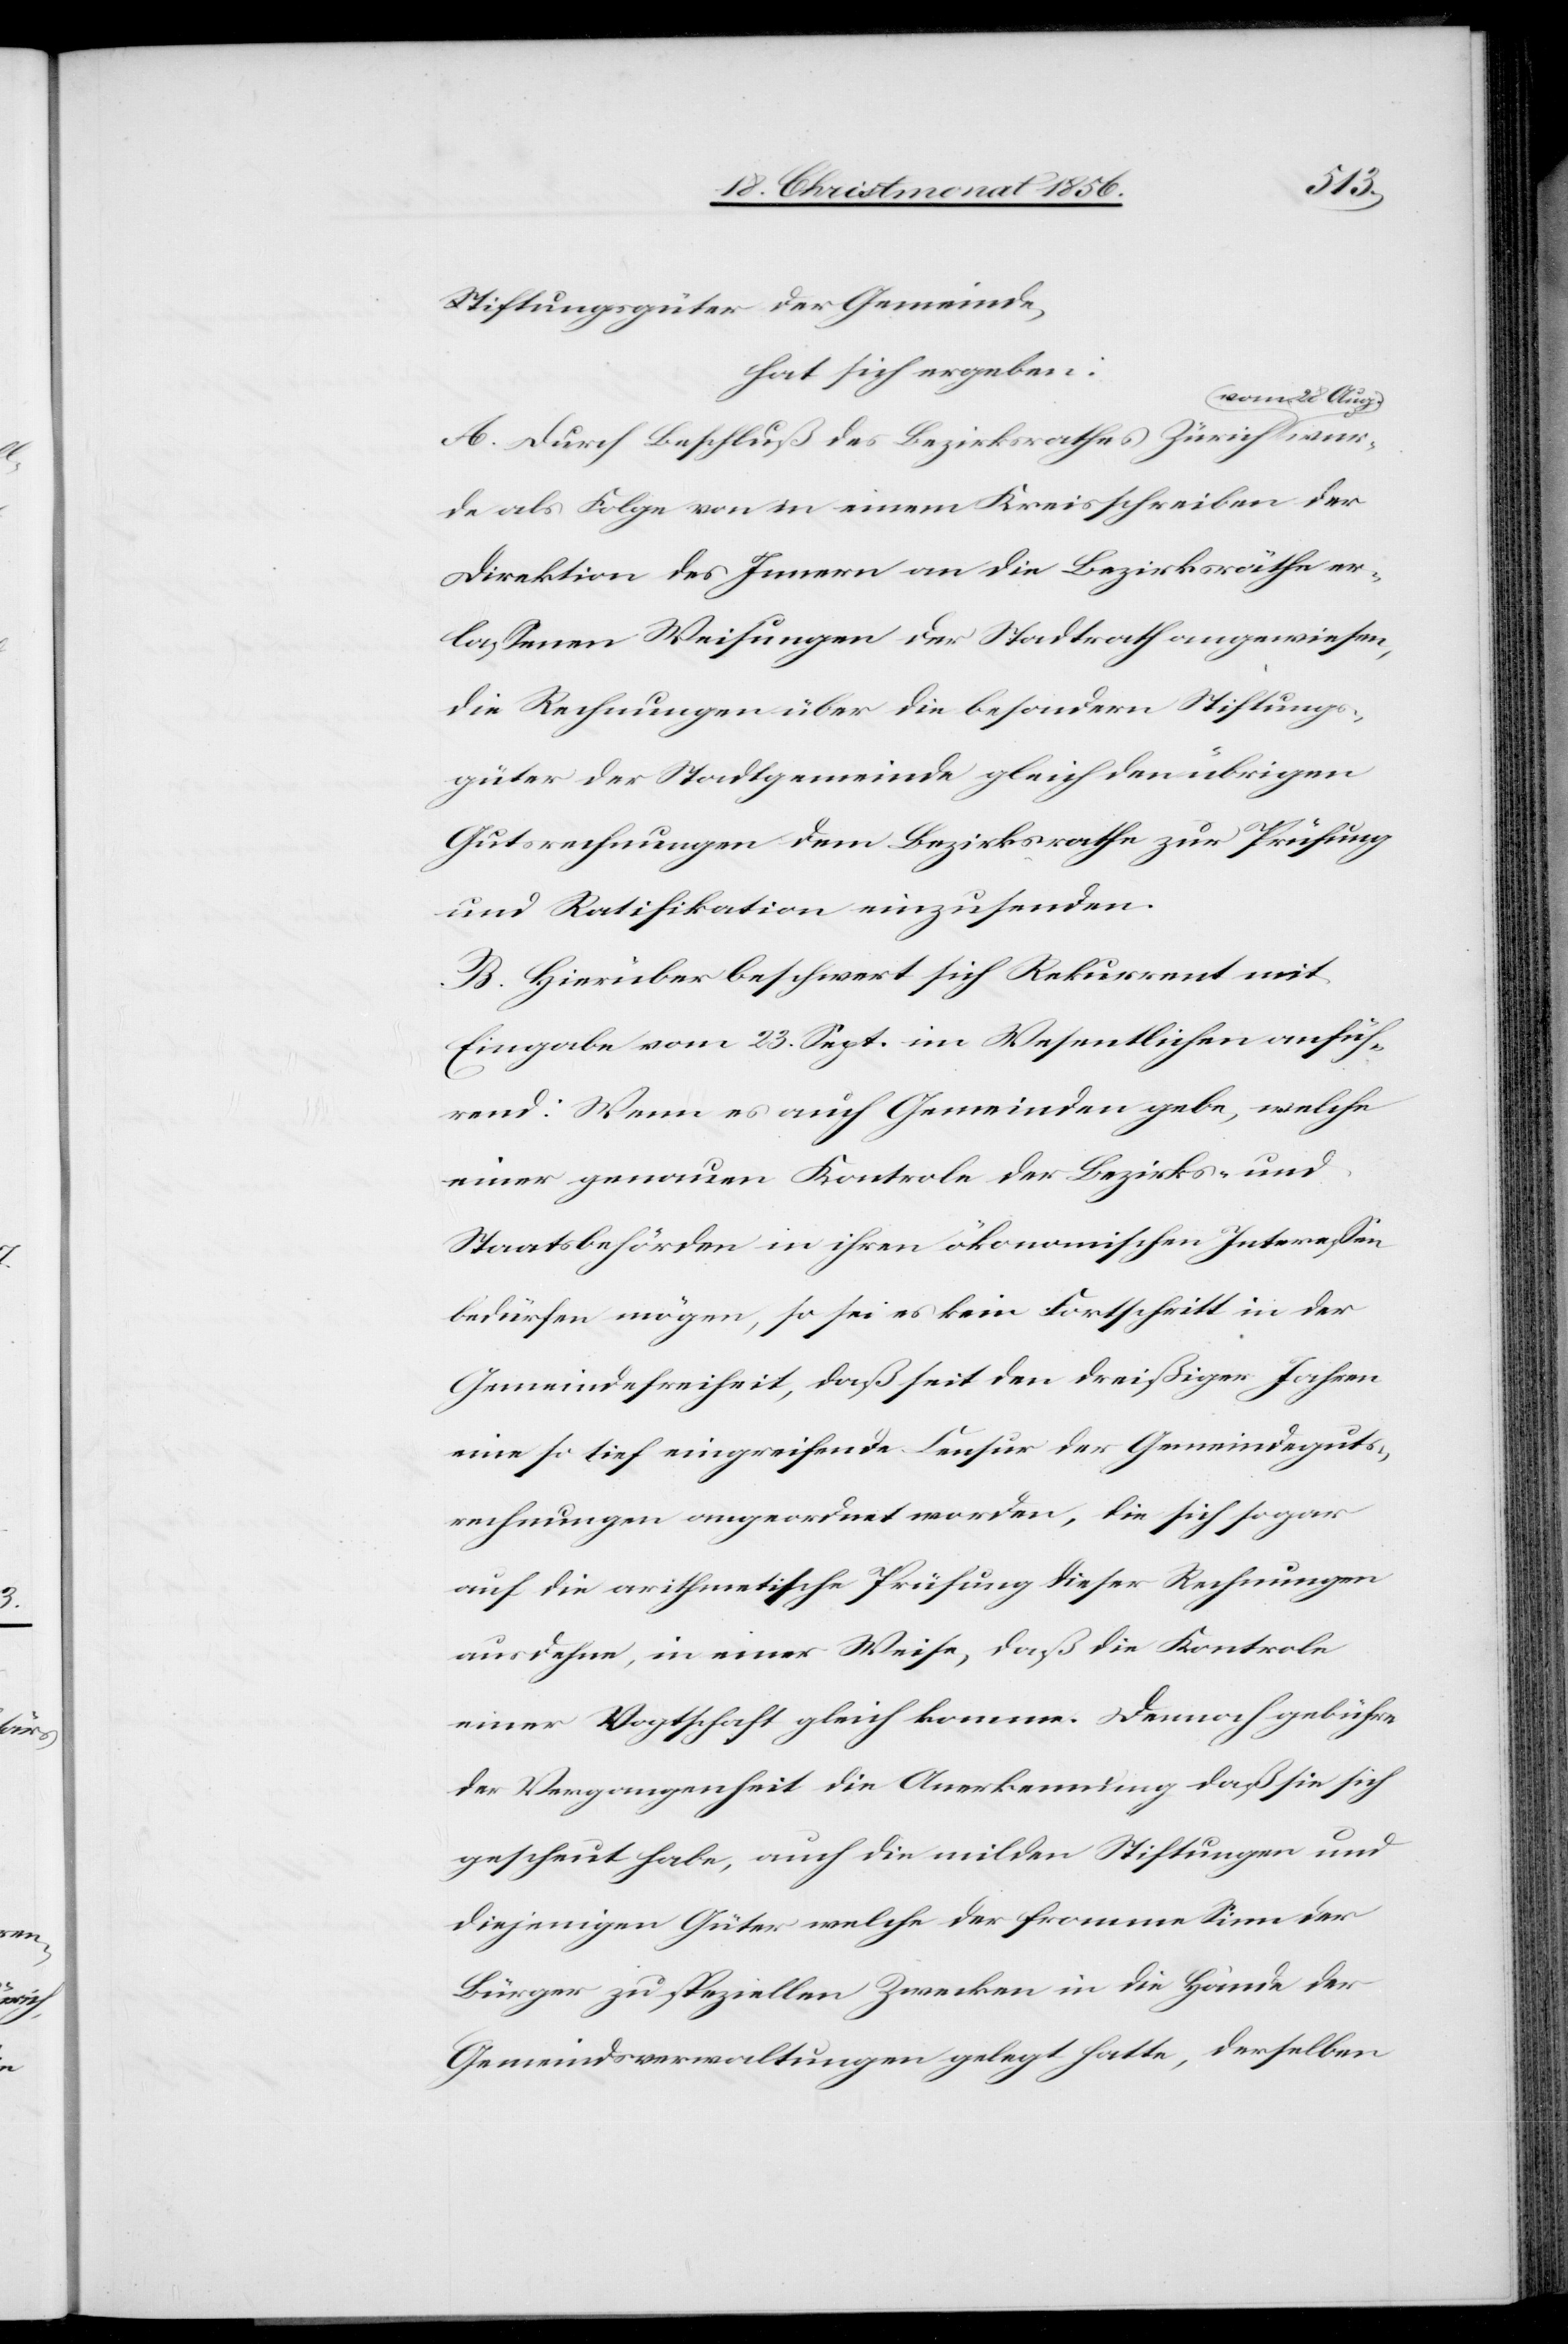
28.

wur¬
Stiftungsgüter der Gemeinde,
hat sich ergeben:
A. Durch Beschluß des Bezirksrathes Zürich a-vom
de als Folge von in einem Kreisschreiben der
Direktion des Innern an die Bezirksräthe er¬
lassenen Weisungen der Stadtrath angewiesen,
die Rechnungen über die besondern Stiftungs¬
güter der Stadtgemeinde gleich den übrigen
Gutsrechnungen dem Bezirksrathe zur Prüfung
und Ratifikation einzusenden.
B. Hierüber beschwert sich Rekurrent mit
Eingabe vom 23. Sept. im Wesentlichen anfüh¬
rend: Wenn es auch Gemeinden gebe, welche
einer genauen Kontrole der Bezirks- und
Staatsbehörden in ihren ökonomischen Interessen
bedürfen mögen, so sei es kein Fortschritt in der
Gemeindefreiheit, daß seit den dreißiger Jahren
eine so tief eingreifende Censur der Gemeindeguts¬
rechnungen angeordnet worden, die sich sogar
auf die arithmetische Prüfung dieser Rechnungen
ausdehne, in einer Weise, daß die Kontrole
einer Vogtschaft gleich komme. Dennoch gebühre
der Vergangenheit die Anerkennung daß sie sich
gescheut habe, auch die milden Stiftungen und
diejenigen Güter welche der fromme Sinn der
Bürger zu speziellen Zwecken in die Hände der
Gemeindsverwaltungen gelegt hatte, derselben